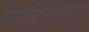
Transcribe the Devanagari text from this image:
पेस्टिसाइड्स